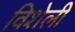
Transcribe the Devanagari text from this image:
विशेली